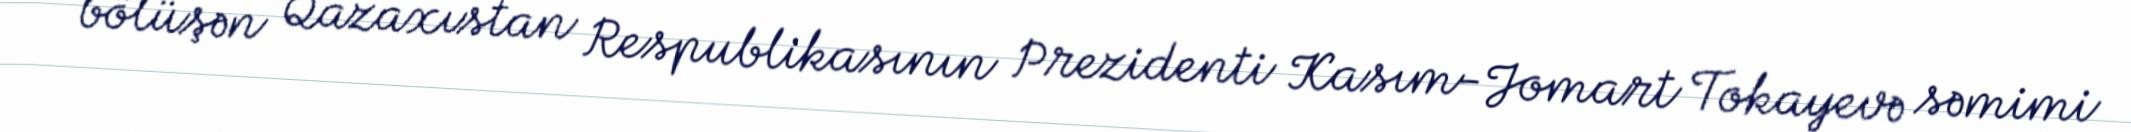
bölüşən Qazaxıstan Respublikasının Prezidenti Kasım-Jomart Tokayevə səmimi